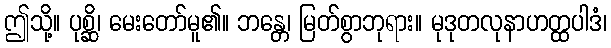
ဤသို့။ ပုစ္ဆိ၊ မေးတော်မူ၏။ ဘန္တေ၊ မြတ်စွာဘုရား။ မုဒုတလုနာဟတ္ထပါဒံ၊